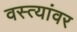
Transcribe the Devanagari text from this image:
वस्त्यांवर